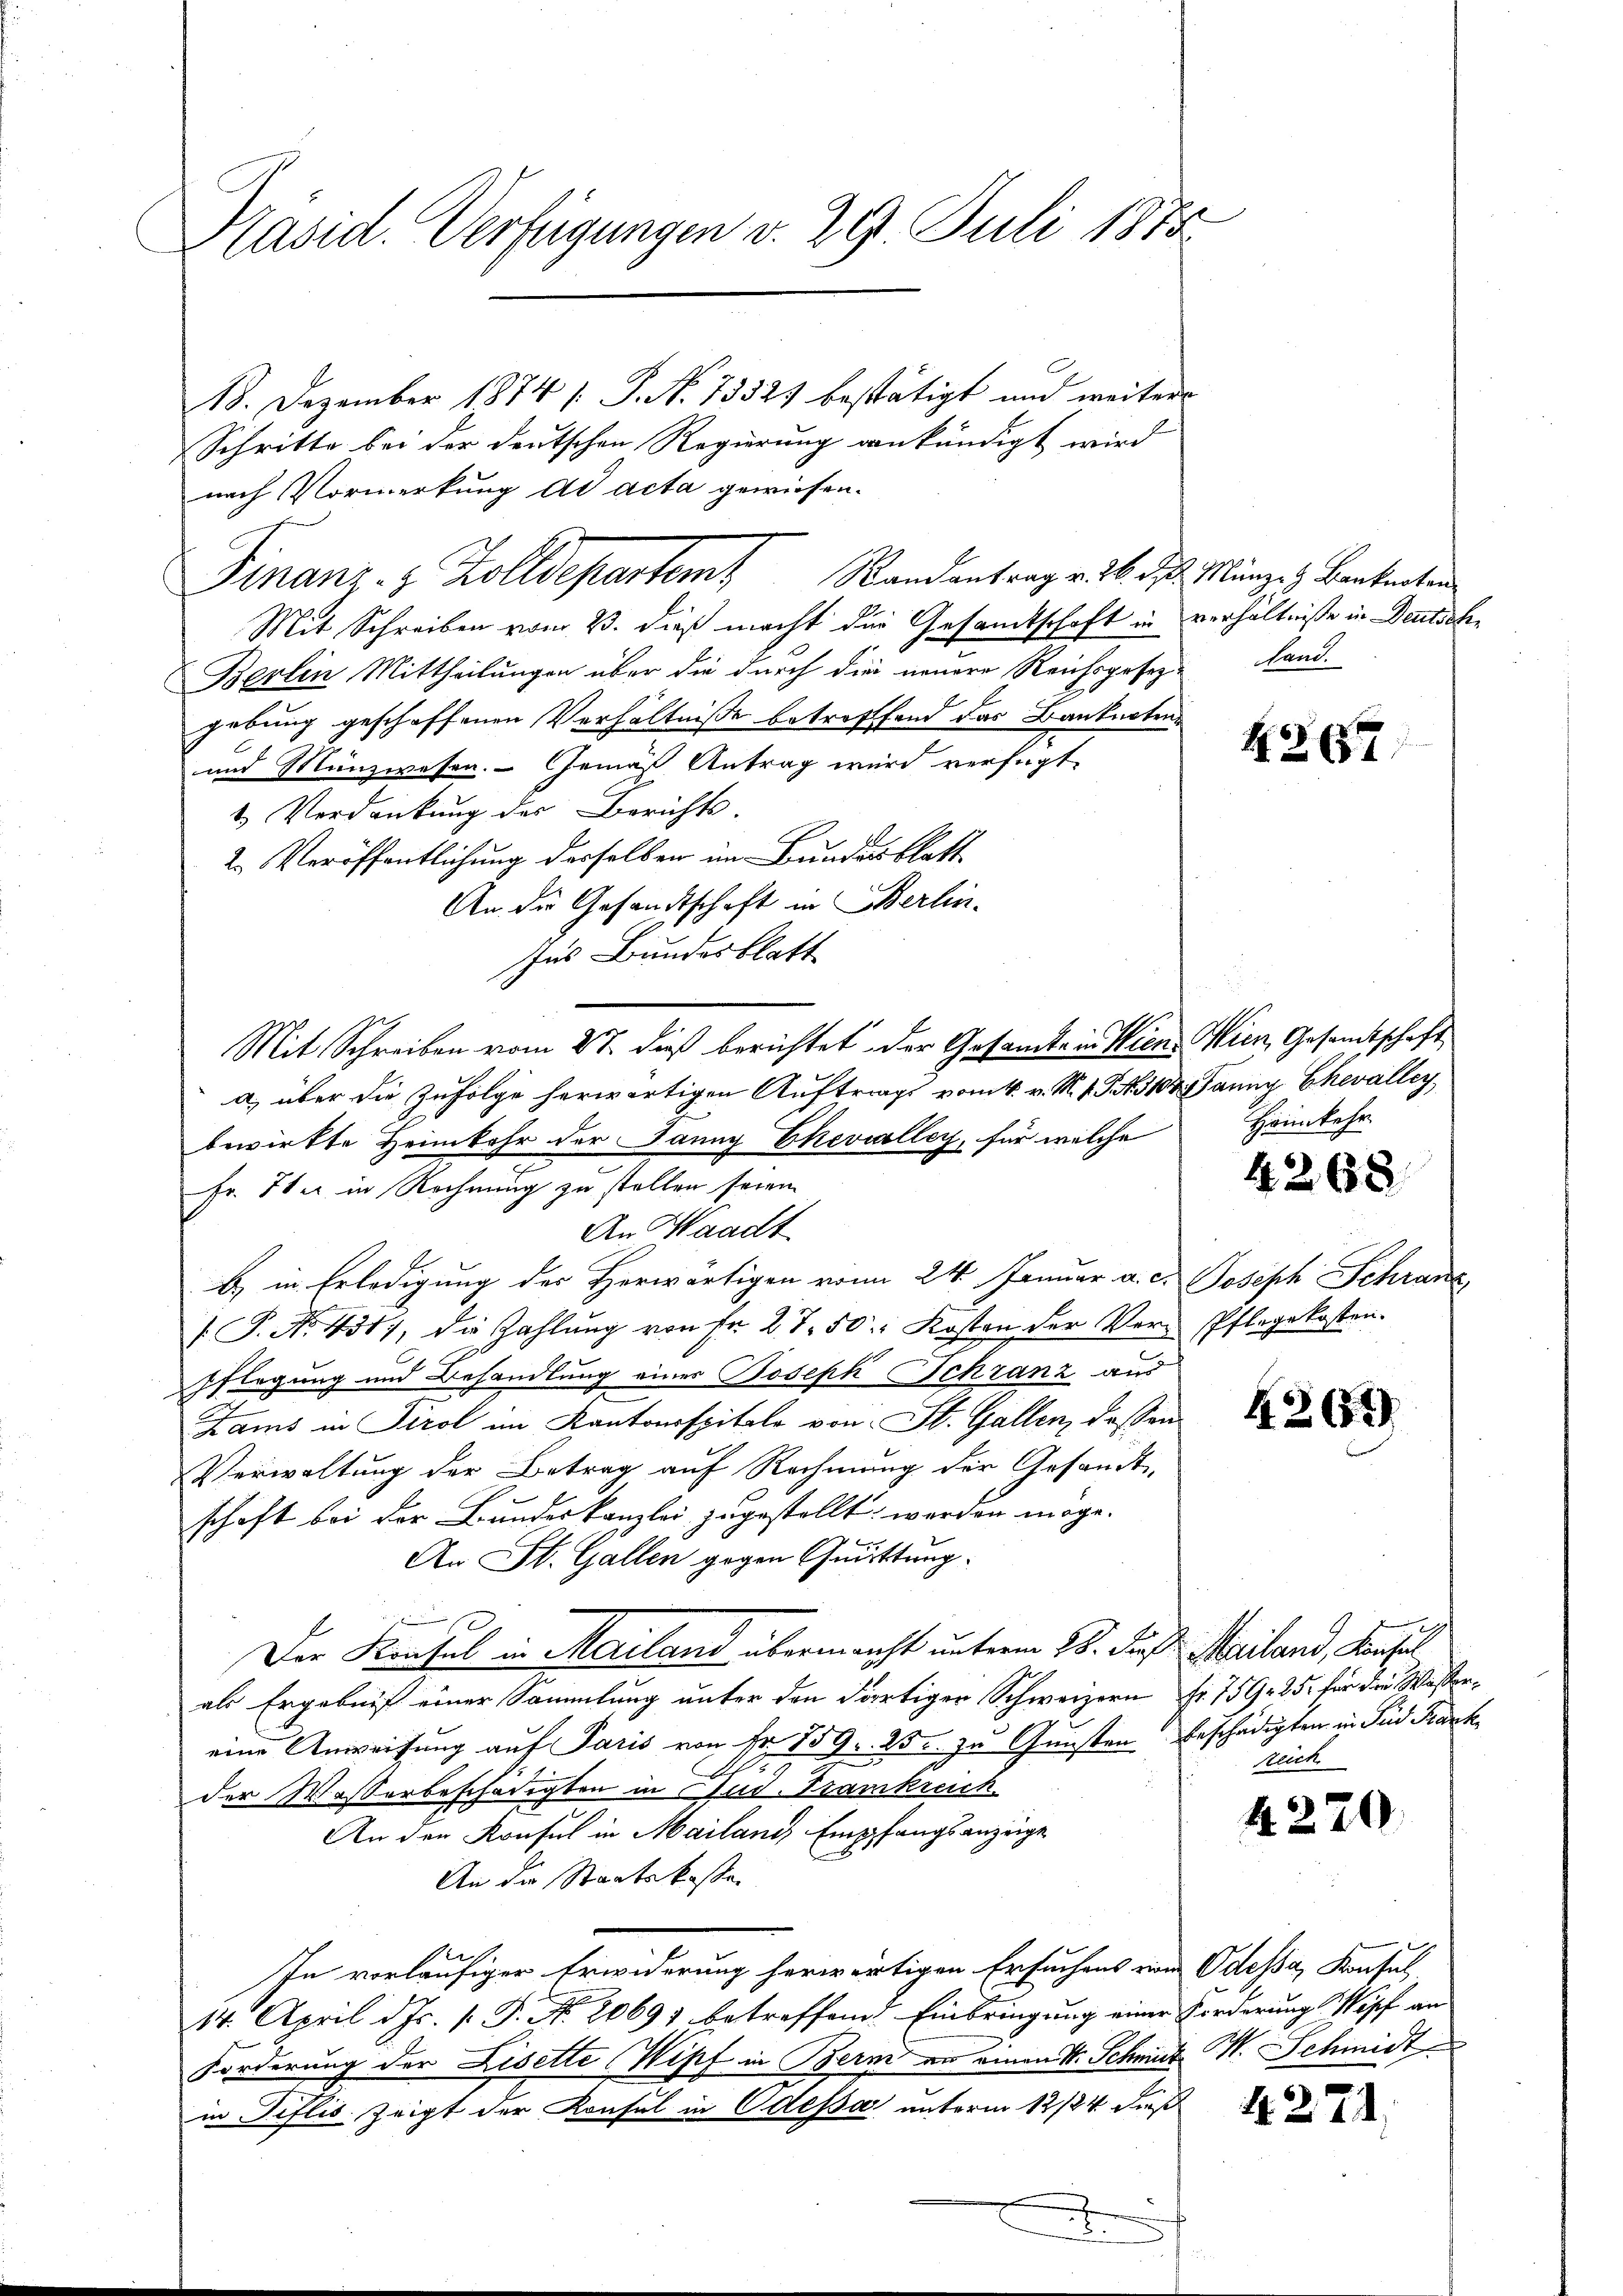
Präsid. Verfügungen v. 29. Juli 1888.

18. Dezember 1874 [ P. No. 13523 bestätigt und weiters
Schritte bei der deutschen Regierung ankündigt wird
nach Vormerkung ad acta gewiesen.
Mit Schreiben vom 23. dieß macht die Gesamtschaft in verhältniße in Deutsch¬
Berlin Mittheilungen über die durch die neuere Reichsgesez-land.
gebung geschoffenen Verhältniße betreffend das Banknoten
und Münzwesen. Gemäß Antrag wird verfügt,
2 Verdankung der Berichts.
2. Veröffentlichung derselben im Bundesblatt
An die Gesandtschaft in Berlin-
ns Bundesblatt
Mit Schreiben vom 27. dieß berichtet der Gesamte in Wien. Vierz, Gesandtschaft
a) über die Zufolge herwärtigen Auftrags vom 4. v. M. 1 S. 108. Janny Chevalley
bewirkte Heimkehr der Janny Chevalley, für welche
Fr. 71 u. in Rechnung zu stellen seien.
An Waadt
b) in Erledigung des Herwärtigen vom 24. Januar a. c. Joseph Schranz
 P. No. 4317, die Zahlŭng von Fr. 27. 50. Kosten der Ver-Pflegekosten.
Pflegung und Behandlung einer Joseph Schranz aus
Zams in Tirol im Kantonsspitale von St. Gallen, dassen
Verwaltung der Betrag auf Rechnung der Gesandt
schaft bei der Bundeskanzlei zugestellt werden möge.
An St. Gallen gegen Quittung.
Der Konsul in Mailand übermacht unterm 28. Fuß. Mailand, Konsul
als Ergebnis einer Sammlung unter den dortiger Schweizern Fr. 759. 25. für die Wassereine Anweisung auf Paris von Fr. 759. 23. zu Gunsten beschädigten in Sud Kark
der Wasserbeschädigten in Stud. Trankreich
An den Konsul in Mailand, Empfangsanzeige
An die Staatskasse
e
In vorläufiger Erwiderung herwärtigen Ersuchens von Odessa, Konsul
14. April d. Js. s. S. Nr. 20691 betreffend Einbringung einer Forderung Wipf an
Forderung der Liselte Wipf in Bern an einen S. Scheint V. Schmidt
in Tiflis zeigt der Konsul in Odessa unterm 12/24. dieß
.

Finanz- & Zolldepartem Randantrag v. 26. d. d. Münze & Bententen

4267

Heimkehr

4268.

4261)

Ruch

4270.

1271